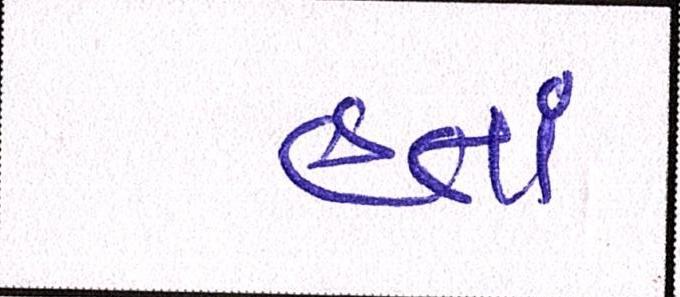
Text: હતાં